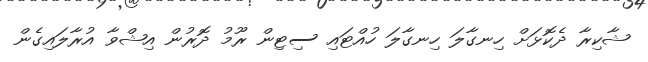
ޝާކިރާ ދެކޮޅަށް ހިނގާލަ ހިނގާލަ ހުއްޓައި ސިޓިން ރޫމު ދޮރުން އިޝްވާ އުރާލައިގެން